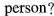
person?